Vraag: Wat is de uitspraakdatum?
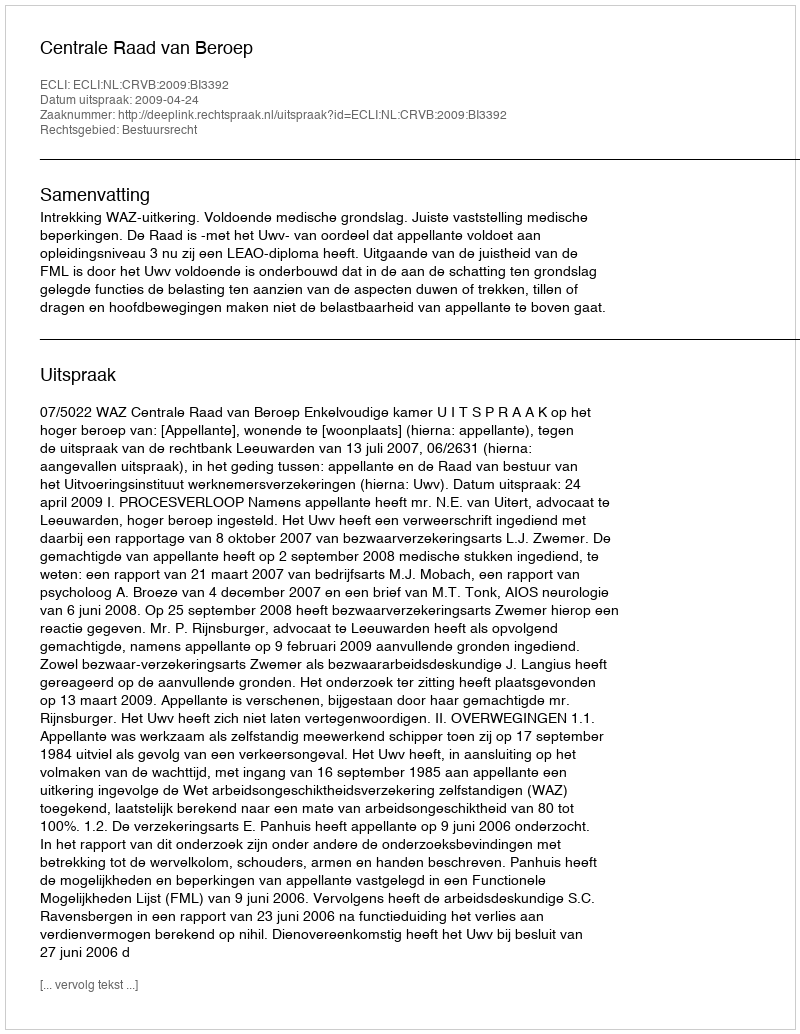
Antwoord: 2009-04-24